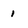
Character: 1